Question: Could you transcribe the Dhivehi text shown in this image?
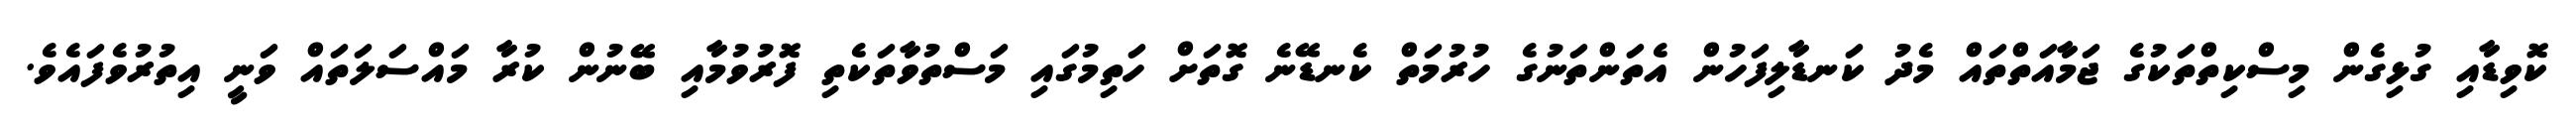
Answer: ކޮވިޑާއި ގުޅިގެން މިސްކިތްތަކުގެ ޖަމާއަތްތައް މެދު ކަނޑާލިފަހުން އެތަންތަނުގެ ހުރުމަތް ކެނޑޭނެ ގޮތަށް ހަތިމުގައި މަސްތުވާތަކެތި ފޮރުވުމާއި ބޭނުން ކުރާ މައްސަލަތައް ވަނީ އިތުރުވެފައެވެ.